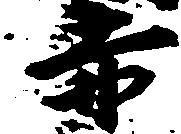
赤